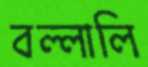
বল্লালি